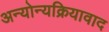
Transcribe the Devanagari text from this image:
अन्योन्यक्रियावाद